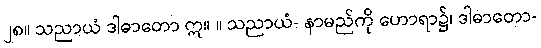
၂၈။ သညာယံ ဒါဓာတော ဣ။ ။ သညာယံ- နာမည်ကို ဟောရာ၌၊ ဒါဓာတော-